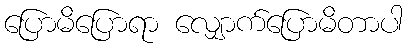
ပြောမိပြောရာ လျှောက်ပြောမိတာပါ